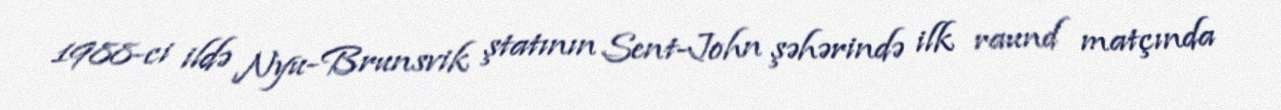
1988-ci ildə Nyu-Brunsvik ştatının Sent-John şəhərində ilk raund matçında